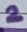
Text: 2